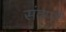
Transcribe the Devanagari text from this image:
संवर्णी